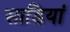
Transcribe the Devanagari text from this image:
साडियां